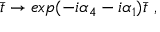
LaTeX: \bar { t } \rightarrow e x p ( - i \alpha _ { 4 } - i \alpha _ { 1 } ) \bar { t } \ ,